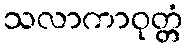
သလာကာဝုတ္တံ